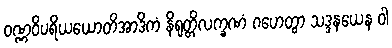
ဝဏ္ဏဝိပရိယယောတိအာဒိကံ နိရုတ္တိလက္ခဏံ ဂဟေတွာ သဒ္ဒနယေန ဝါ